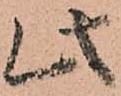
此